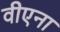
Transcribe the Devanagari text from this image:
वीएना